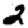
Digit: 2